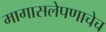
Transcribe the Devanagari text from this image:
मागासलेपणाचेच